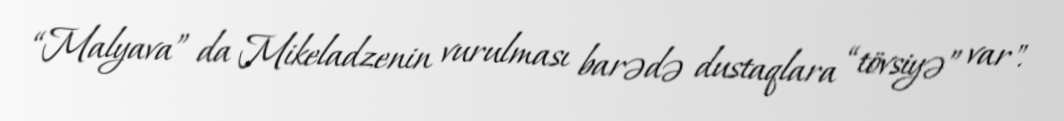
“Malyava” da Mikeladzenin vurulması barədə dustaqlara “tövsiyə” var".